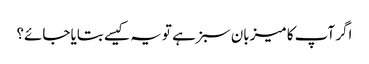
اگر آپ کا میزبان سبز ہے تو یہ کیسے بتایا جائے؟